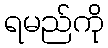
ရမည်ကို